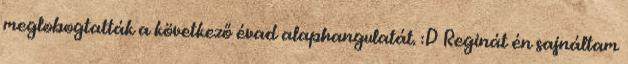
meglobogtatták a következő évad alaphangulatát. :D Reginát én sajnáltam